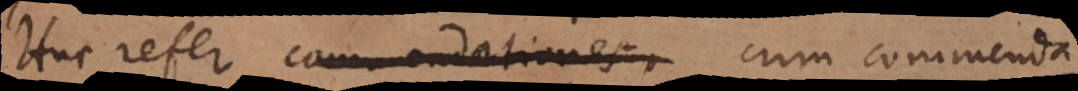
Huc refer commendationes, cum commenda